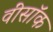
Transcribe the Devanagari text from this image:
वींसॉक